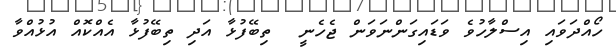
ހޯއްދަވައި އިސްލާހުވެ ވަޑައިގަންނަވަން ޖެހެނީ  ތިބޭފުޅާ އަދި ތިބޭފުޅާ އެއްކޮއް އުޅުއްވާ